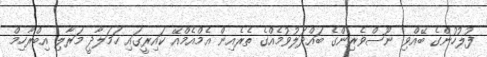
ފުލުހުންގެ ބޭއްވި ނޫސްވެރިންގެ ބައްދަލުވުމެއްގެ ތެރެއިން އެމްއެމްއޭ ކައިރީގައި ހަމަލާދީ މަރާލި އިބްރާހިމް